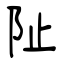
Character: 阯